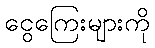
ငွေကြေးများကို